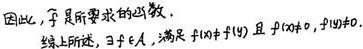
因此，\(f\)是所要求的函数.
综上所述，\(\exists f\in A\)，满足 \(f(x)\neq f(y)\) 且 \(f(x)\neq 0\)，\(f(y)\neq 0\).